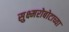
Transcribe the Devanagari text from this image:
सुक्ष्मरोबोटाच्या